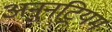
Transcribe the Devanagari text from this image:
अनुनट्रियम